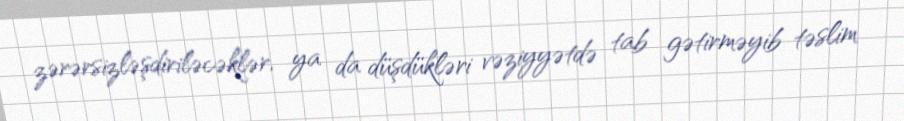
zərərsizləşdiriləcəklər, ya da düşdükləri vəziyyətdə tab gətirməyib təslim